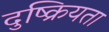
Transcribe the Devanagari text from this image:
दुष्क्रियता